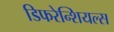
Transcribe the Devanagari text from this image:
डिफरेन्शियल्स